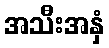
အသီးအနှံ